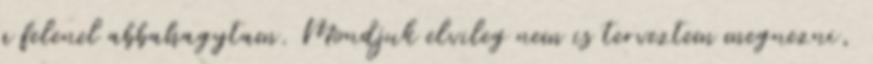
a felenel abbahagytam. Mondjuk elvileg nem is terveztem megnezni,